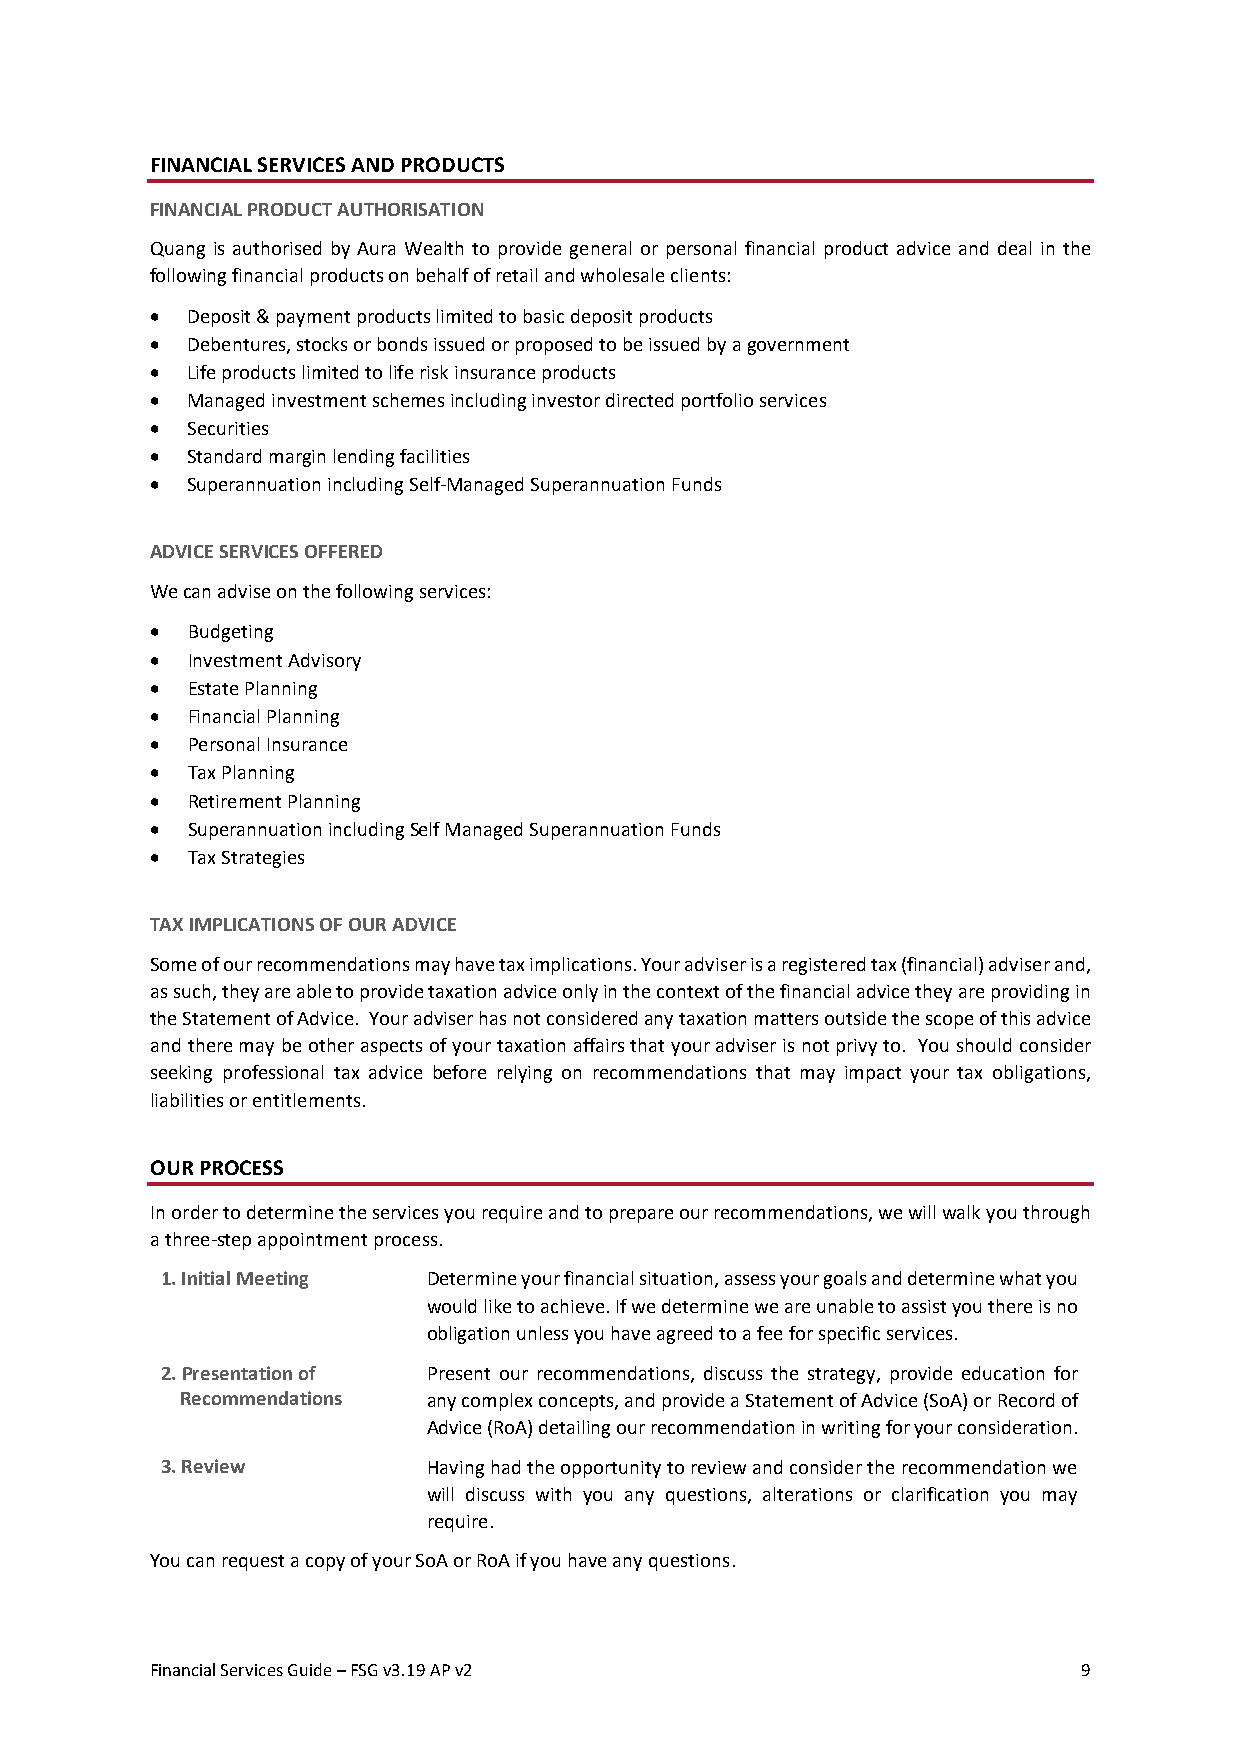
FINANCIAL SERVICES AND PRODUCTS
 FINANCIAL PRODUCT AUTHORISATION
 Quang is authorised by Aura Wealth to provide general or personal financial product advice and deal in the
 following financial products on behalf of retail and wholesale clients:
 • Deposit & payment products limited to basic deposit products
 • Debentures, stocks or bonds issued or proposed to be issued by a government
 • Life products limited to life risk insurance products
 • Managed investment schemes including investor directed portfolio services
 • Securities
 • Standard margin lending facilities
 • Superannuation including Self-Managed Superannuation Funds
 ADVICE SERVICES OFFERED
 We can advise on the following services:
 • Budgeting
 • Investment Advisory
 • Estate Planning
 • Financial Planning
 • Personal Insurance
 • Tax Planning
 • Retirement Planning
 • Superannuation including Self Managed Superannuation Funds
 • Tax Strategies
 TAX IMPLICATIONS OF OUR ADVICE
 Some of our recommendations may have tax implications. Your adviser is a registered tax (financial) adviser and,
 as such, they are able to provide taxation advice only in the context of the financial advice they are providing in
 the Statement of Advice. Your adviser has not considered any taxation matters outside the scope of this advice
 and there may be other aspects of your taxation affairs that your adviser is not privy to. You should consider
 seeking professional tax advice before relying on recommendations that may impact your tax obligations,
 liabilities or entitlements.
 OUR PROCESS
 In order to determine the services you require and to prepare our recommendations, we will walk you through
 a three-step appointment process.
 1. Initial Meeting Determine your financial situation, assess your goals and determine what you
 would like to achieve. If we determine we are unable to assist you there is no
 obligation unless you have agreed to a fee for specific services.
 2. Presentation of Present our recommendations, discuss the strategy, provide education for
 Recommendations any complex concepts, and provide a Statement of Advice (SoA) or Record of
 Advice (RoA) detailing our recommendation in writing for your consideration.
 3. Review        Having had the opportunity to review and consider the recommendation we
 will discuss with you any questions, alterations or clarification you may
 require.
 You can request a copy of your SoA or RoA if you have any questions.
 Financial Services Guide – FSG v3.19 AP v2                    9